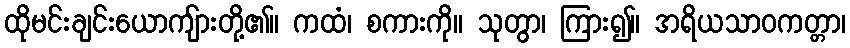
ထိုမင်းချင်းယောကျ်ားတို့၏။ ကထံ၊ စကားကို။ သုတွာ၊ ကြား၍။ အရိယသာဝကတ္တာ၊